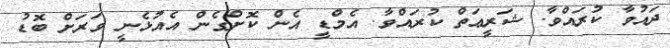
ދައުވާ ކުރައްވާ. ޝަރީޢަތް ކުރައްވާ. އެމްޑީ އެން ކޮށްގެން އެއުޅެނީ ވަރަށް ބޮޑު